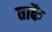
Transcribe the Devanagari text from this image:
ताकै